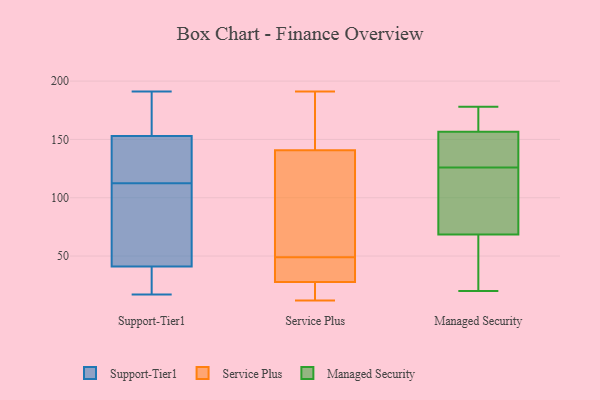
{"axis": {"x": "Humidity (%)", "y": "Value"}, "legend": ["Managed Security", "Service Plus", "Support-Tier1"], "data": [{"x": "", "y": 54, "type": "Support-Tier1"}, {"x": "", "y": 162, "type": "Support-Tier1"}, {"x": "", "y": 131, "type": "Support-Tier1"}, {"x": "", "y": 153, "type": "Support-Tier1"}, {"x": "", "y": 17, "type": "Support-Tier1"}, {"x": "", "y": 135, "type": "Support-Tier1"}, {"x": "", "y": 94, "type": "Support-Tier1"}, {"x": "", "y": 191, "type": "Support-Tier1"}, {"x": "", "y": 27, "type": "Support-Tier1"}, {"x": "", "y": 41, "type": "Support-Tier1"}, {"x": "", "y": 49, "type": "Service Plus"}, {"x": "", "y": 30, "type": "Service Plus"}, {"x": "", "y": 48, "type": "Service Plus"}, {"x": "", "y": 16, "type": "Service Plus"}, {"x": "", "y": 21, "type": "Service Plus"}, {"x": "", "y": 102, "type": "Service Plus"}, {"x": "", "y": 157, "type": "Service Plus"}, {"x": "", "y": 18, "type": "Service Plus"}, {"x": "", "y": 79, "type": "Service Plus"}, {"x": "", "y": 138, "type": "Service Plus"}, {"x": "", "y": 78, "type": "Service Plus"}, {"x": "", "y": 31, "type": "Service Plus"}, {"x": "", "y": 37, "type": "Service Plus"}, {"x": "", "y": 149, "type": "Service Plus"}, {"x": "", "y": 191, "type": "Service Plus"}, {"x": "", "y": 12, "type": "Service Plus"}, {"x": "", "y": 164, "type": "Service Plus"}, {"x": "", "y": 166, "type": "Managed Security"}, {"x": "", "y": 88, "type": "Managed Security"}, {"x": "", "y": 70, "type": "Managed Security"}, {"x": "", "y": 126, "type": "Managed Security"}, {"x": "", "y": 105, "type": "Managed Security"}, {"x": "", "y": 168, "type": "Managed Security"}, {"x": "", "y": 57, "type": "Managed Security"}, {"x": "", "y": 147, "type": "Managed Security"}, {"x": "", "y": 67, "type": "Managed Security"}, {"x": "", "y": 178, "type": "Managed Security"}, {"x": "", "y": 30, "type": "Managed Security"}, {"x": "", "y": 143, "type": "Managed Security"}, {"x": "", "y": 126, "type": "Managed Security"}, {"x": "", "y": 20, "type": "Managed Security"}, {"x": "", "y": 138, "type": "Managed Security"}, {"x": "", "y": 177, "type": "Managed Security"}]}